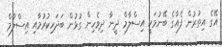
އޭގެ އިތުރުން ފެއާގެ ބޭނުމަކީ އިސްލާމް ދީނާ ދިވެހިން ގުޅުން ބަދަހިކުރުމާއި އިސްލާމް